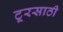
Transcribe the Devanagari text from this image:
टूरसाठी